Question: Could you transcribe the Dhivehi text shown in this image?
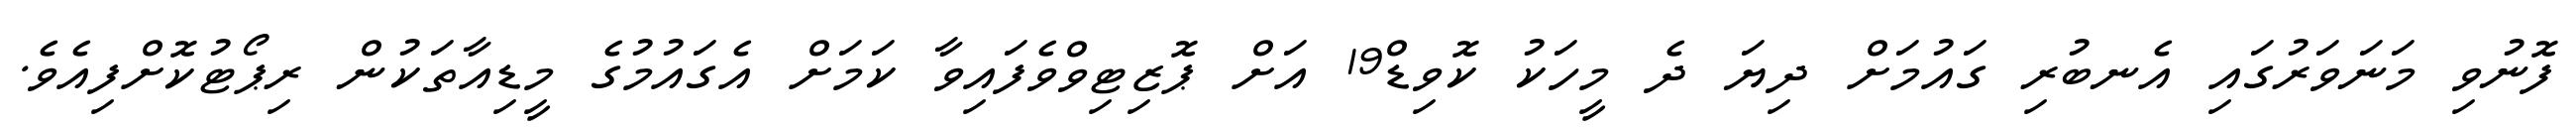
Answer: ފޮނުވި މަނަވަރުގައި އެނބުރި ގައުމަށް ދިޔަ ދެ މީހަކު ކޮވިޑް19 އަށް ޕޮޒިޓިވްވެފައިވާ ކަމަށް އެގައުމުގެ މީޑިއާތަކުން ރިޕޯޓުކޮށްފިއެވެ.